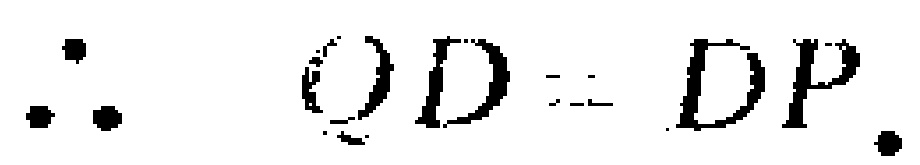
\(\therefore QD = DP.\)